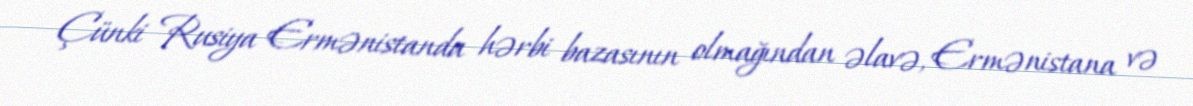
Çünki Rusiya Ermənistanda hərbi bazasının olmağından əlavə, Ermənistana və